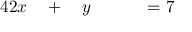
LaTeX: \begin{array} { r l r l r l r } { { 4 } 2 x } & { { } { } + { } } & { y } & { { } } & { } & { { } { } = { } 7 } & { } \end{array}